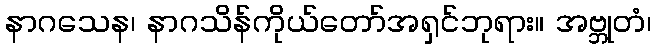
နာဂသေန၊ နာဂသိန်ကိုယ်တော်အရှင်ဘုရား။ အဗ္ဘုတံ၊